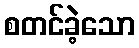
စတင်ခဲ့သော